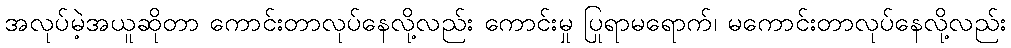
အလုပ်မဲ့အယူဆိုတာ ကောင်းတာလုပ်နေလို့လည်း ကောင်းမှု ပြုရာမရောက်၊ မကောင်းတာလုပ်နေလို့လည်း